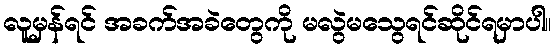
လူမှန်ရင် အခက်အခဲတွေကို မလွဲမသွေရင်ဆိုင်ရမှာပါ။